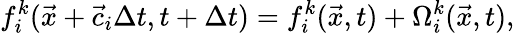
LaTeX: f_{i}^{k}(\vec{x}+\vec{c}_{i}\Delta t,t+\Delta t)=f_{i}^{k}(\vec{x},t)+\Omega_{i}^{k}(\vec{x},t),